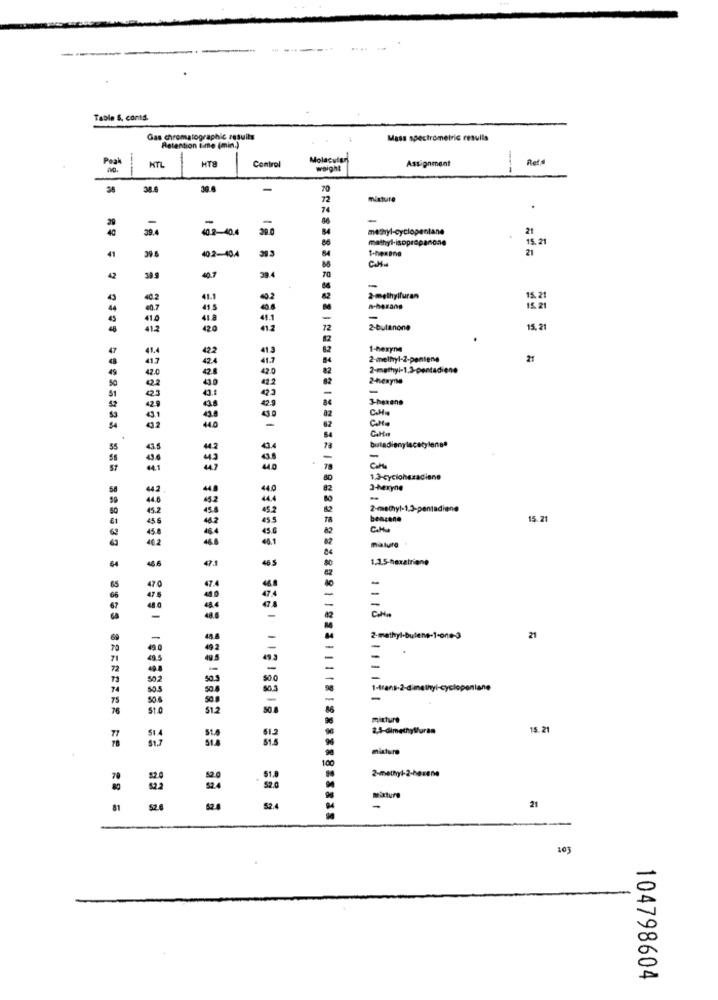
Table 5. conts.
Gas chromatographic results
Mass spectrometric resulla
Retention ime (min.)
Peak
HTL
HTB
Control
Molecular
Assignment
Ret
ao.
woight
58
38.6
30.6
-
70
mixture
-
methyl-cyclopentane
21
mathyl-isopropanche
15. 21
39.3
21
41
39.6
40.2-404
C.H.
40.7
-
41.1
2-methylfuran
15.2
a-harang
15. 21
41.
-
420
41.2
2-butanone
15, 21
413
1-hexyne
2-methyl-2-pontene
21
2-methyl-1.3-pentadiene
2-hexyne
-
3-hexane
butadienylacetylene#
1.3-cyclonezadiane
3-hexyne
2-methyl-1.3-p
lene
benzene
15.21
miature
48.6
473
46 5
1.1.5-hexatriene
64
47
=
2-methyl-buleng-1-one-3
21
802
1-trans-2-dimethyl-cyclopenlane
-
76
St.
mixture
2,4-dimethylfuran
15.21
misture
100
70
2-methyl-2-hexen
mixture
81
52.4
-
21
103
104798604